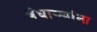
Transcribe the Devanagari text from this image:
बंधार्‍यांना